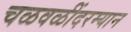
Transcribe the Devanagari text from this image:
चळवळींदरम्यान